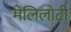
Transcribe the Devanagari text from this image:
मेलिलोटी